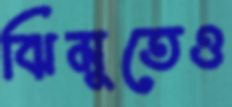
ঝিমুতেও